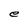
Character: e